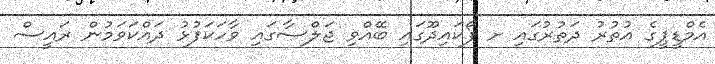
އެމްޑީޕީގެ އުތުރު ދަތުރުގައި ށ ފޯކައިދޫގައި ބޭއްވި ޖަލްސާގައި ވާހަކަފުޅު ދައްކަވަމުން ރައީސް